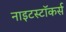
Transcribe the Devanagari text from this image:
नाइटस्टॉकर्स